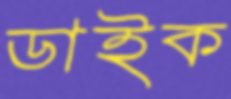
ডাইক